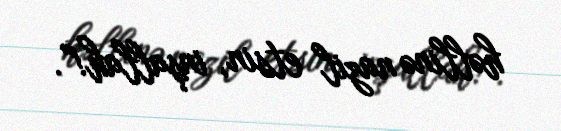
həllinə nazil etsin, inşallah!”.